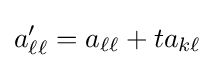
a'_{\ell \ell }=a_{\ell \ell }+ta_{k\ell }\,\!